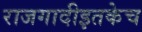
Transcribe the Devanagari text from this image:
राजगादीइतकेच